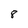
Character: 8